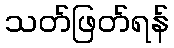
သတ်ဖြတ်ရန်